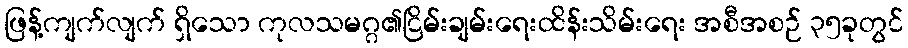
ဖြန့်ကျက်လျက် ရှိသော ကုလသမဂ္ဂ၏ငြိမ်းချမ်းရေးထိန်းသိမ်းရေး အစီအစဉ် ၃၅ခုတွင်